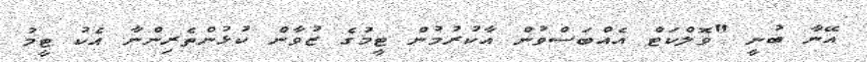
އޭނާ ބުނީ "ވޮލްކަޓް އެއްބަސްވުން އާކުރުމުން ޓީމުގެ ޒުވާން ކުޅުންތެރިންނާ އެކު ޓީމު